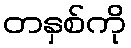
တနှစ်ကို